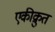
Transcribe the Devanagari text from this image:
एकीक्रुत